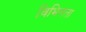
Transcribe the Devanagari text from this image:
विभिनता